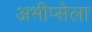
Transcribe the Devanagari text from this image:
अभीप्सेला